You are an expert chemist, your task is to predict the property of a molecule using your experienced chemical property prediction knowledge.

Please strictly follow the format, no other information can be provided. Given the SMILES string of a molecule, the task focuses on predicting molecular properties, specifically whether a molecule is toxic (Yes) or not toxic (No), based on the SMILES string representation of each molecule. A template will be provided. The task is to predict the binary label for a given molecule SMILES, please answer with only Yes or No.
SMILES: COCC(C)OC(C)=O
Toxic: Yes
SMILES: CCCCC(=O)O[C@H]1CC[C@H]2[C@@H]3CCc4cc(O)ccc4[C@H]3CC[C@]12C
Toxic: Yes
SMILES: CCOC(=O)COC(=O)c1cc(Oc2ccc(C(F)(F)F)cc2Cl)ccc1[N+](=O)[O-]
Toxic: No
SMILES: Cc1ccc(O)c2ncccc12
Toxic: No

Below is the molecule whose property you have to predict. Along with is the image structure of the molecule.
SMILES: COC(=O)c1ccc(I)cc1S(=O)(=O)[N-]C(=O)Nc1nc(C)nc(OC)n1
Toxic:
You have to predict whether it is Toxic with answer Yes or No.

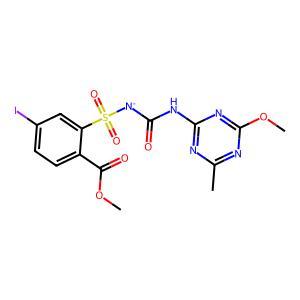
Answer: No